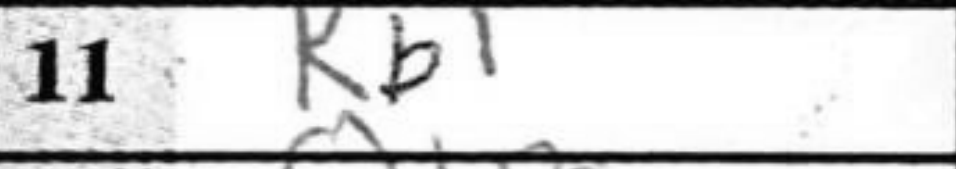
Transcription: Rb1